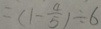
= ( 1 - \frac { 4 } { 5 } ) \div 6